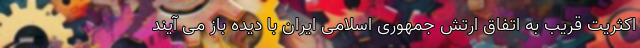
اکثریت قریب به اتفاق ارتش جمهوری اسلامی ایران با دیده باز می آیند